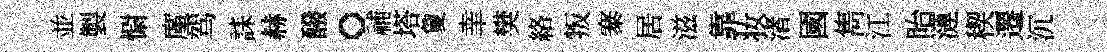
並製𢠢廑驾誄赫醱。𥙷塔夐𦍒樊絡叛寨居滋靠妆渚國雋江眙漣稧遷沉